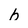
Character: b